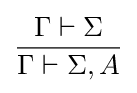
{\frac {\Gamma \vdash \Sigma }{\Gamma \vdash \Sigma ,A}}